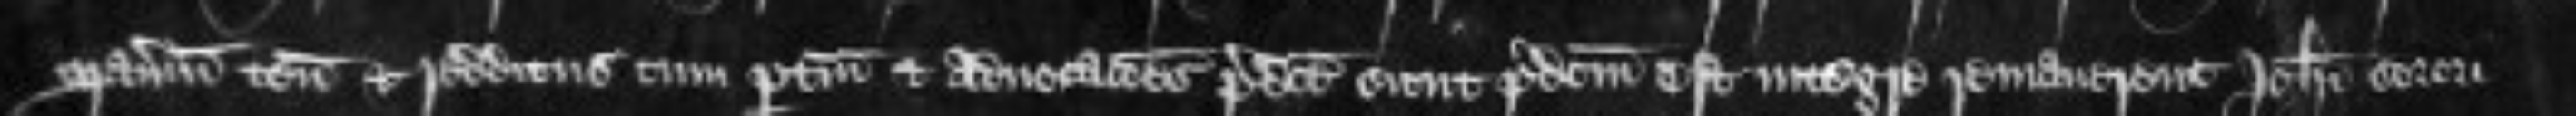
manerium tenementa et redditus cum pertinenciis et advocationes predicte sicut predictum est integre remanerent Johanne sorori